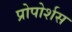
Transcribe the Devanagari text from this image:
प्रोपोर्शस